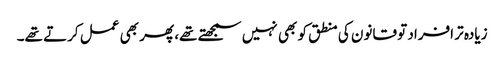
زیادہ تر افراد تو قانون کی منطق کو بھی نہیں سمجھتے تھے، پھر بھی عمل کرتے تھے۔